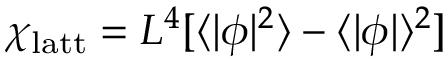
\chi _ { \mathrm { l a t t } } = L ^ { 4 } [ \langle | \phi | ^ { 2 } \rangle - \langle | \phi | \rangle ^ { 2 } ]